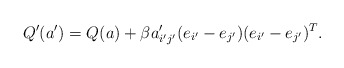
\begin{align*}Q'(a')=Q(a)+\beta a_{i'j'}'(e_{i'}-e_{j'})(e_{i'}-e_{j'})^{T}.\end{align*}